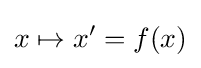
x\mapsto x'=f(x)